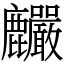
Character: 麣